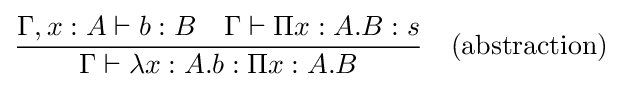
{\frac {\Gamma ,x:A\vdash b:B\quad \Gamma \vdash \Pi x:A.B:s}{\Gamma \vdash \lambda x:A.b:\Pi x:A.B}}\quad {\text{(abstraction)}}